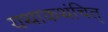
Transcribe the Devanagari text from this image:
यथाकथंचित्‌